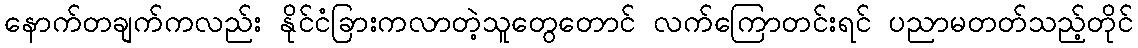
နောက်တချက်ကလည်း နိုင်ငံခြားကလာတဲ့သူတွေတောင် လက်ကြောတင်းရင် ပညာမတတ်သည့်တိုင်